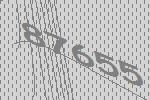
87655